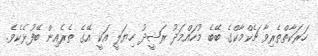
ހަރަކާތްތެރިވާ ޗެކްމާކްގެ ބޭބެ މުހައްމަދު ރަޝީދު ހިޔަލީ އަކީ އޭގެ ތެރެއިން ބޭފުޅެކެވެ.